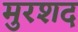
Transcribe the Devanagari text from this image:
मुरशद